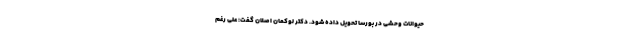
حیوانات وحشی در بورسا تحویل داده شود. دکتر لوکمان اصلان گفت: علی رغم